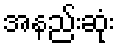
အနည်းဆုံး